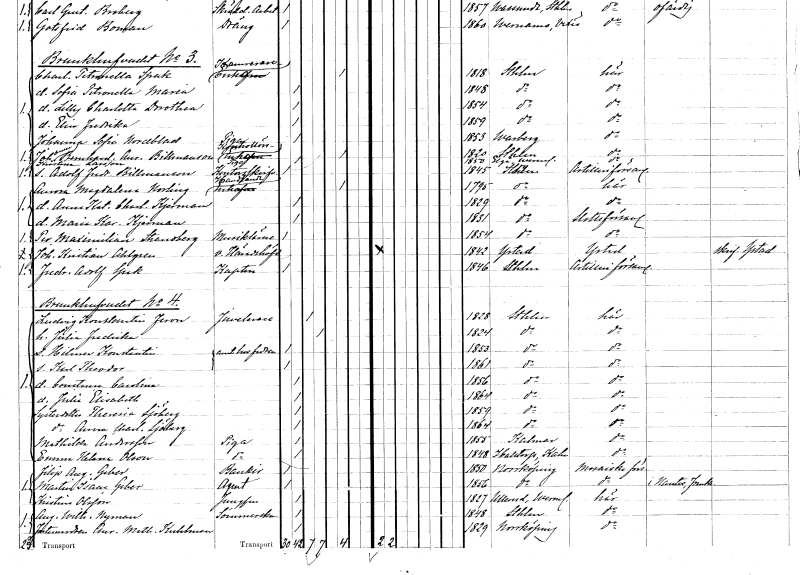
gt_parse: households: individuals: FN: Charlotta Petronella
EN: Spak
YRKE: Kamrerareänka
KON: K
CIV: E
FODAR: 1818
FODFORS: Stockholm
FN: Sofia Petronella Maria
KON: K
CIV: O
FODAR: 1848
FODFORS: Stockholm
FN: Lilly Charlotta Dorothea
KON: K
CIV: O
FODAR: 1854
FODFORS: Stockholm
FN: Elin Fredrika
KON: K
CIV: O
FODAR: 1859
FODFORS: Stockholm
FN: Johanna Sofia
EN: Nordblad
YRKE: Piga
KON: K
CIV: O
FODAR: 1853
FODFORS: Varberg Hallands län
FN: Johanna Bernhardina Aurora
EN: Billmanson
YRKE: Kontrollörsänka
KON: K
CIV: E
FODAR: 1820
FODFORS: Stockholm
FN: Kristina
EN: Larsson
YRKE: Piga
KON: K
CIV: O
FODAR: 1850
FODFORS: Älgå Värmlands län
FN: Adolf Fredrik
EN: Billmanson
YRKE: Kontorsskrivare
KON: M
CIV: O
FODAR: 1845
FODFORS: Stockholm
FN: Aurora Magdalena
EN: Norling
YRKE: Handlandeänka
KON: K
CIV: E
FODAR: 1795
FODFORS: Stockholm
FN: Anna Katarina Charlotta
EN: Kjerman
KON: K
CIV: O
FODAR: 1829
FODFORS: Stockholm
FN: Maria Karolina
EN: Kjerman
KON: K
CIV: O
FODAR: 1831
FODFORS: Stockholm
FN: Per Maximilian
EN: Strandberg
YRKE: Musiklärare
KON: M
CIV: O
FODAR: 1854
FODFORS: Stockholm
FN: Johan Kristian
EN: Ahlgren
YRKE: Häradshövding vice
KON: M
CIV: O
FODAR: 1842
FODFORS: Ystad Malmöhus län
FN: Fredrik Adolf
EN: Spak
YRKE: Kapten
KON: M
CIV: O
FODAR: 1846
FODFORS: Stockholm
FN: Ludvig Konstantin
EN: Feron
YRKE: Juvelerare
KON: M
CIV: G
FODAR: 1828
FODFORS: Stockholm
FN: Julia Fredrika
KON: K
CIV: G
FODAR: 1824
FODFORS: Stockholm
FN: Hilmer Konstantin
YRKE: Juvelerarearbetare
KON: M
CIV: O
FODAR: 1853
FODFORS: Stockholm
FN: Karl Theodor
YRKE: Juvelerarearbetare
KON: M
CIV: O
FODAR: 1861
FODFORS: Stockholm
FN: Constance Carolina
KON: K
CIV: O
FODAR: 1856
FODFORS: Stockholm
FN: Julia Elisabeth
KON: K
CIV: O
FODAR: 1864
FODFORS: Stockholm
FN: Theresia
EN: Sjöberg
KON: K
CIV: O
FODAR: 1859
FODFORS: Stockholm
FN: Anna Charlotta
EN: Sjöberg
KON: K
CIV: O
FODAR: 1864
FODFORS: Stockholm
FN: Mathilda
EN: Andersson
YRKE: Piga
KON: K
CIV: O
FODAR: 1855
FODFORS: Kalmar Kalmar län
FN: Emma Helena
EN: Olson
YRKE: Piga
KON: K
CIV: O
FODAR: 1848
FODFORS: Halltorp Kalmar län
FN: Filip August
EN: Geber
YRKE: Bankir
KON: M
CIV: O
FODAR: 1850
FODFORS: Norrköping Östergötlands län
FN: Martin Isaac
EN: Geber
YRKE: Agent
KON: M
CIV: O
FODAR: 1856
FODFORS: Norrköping Östergötlands län
FN: Kristina
EN: Olsson
YRKE: Jungfru
KON: K
CIV: O
FODAR: 1827
FODFORS: Ullerud Värmlands län
FN: Augusta Wilhelmina
EN: Nyman
YRKE: Sömmerska
KON: K
CIV: O
FODAR: 1848
FODFORS: Stockholm
FN: Aurora Mathilda
EN: Kuhlman
KON: K
CIV: O
FODAR: 1829
FODFORS: Norrköping Östergötlands län